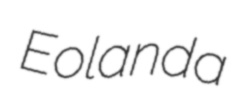
Eolanda